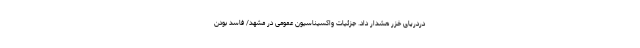
دردریای خزر هشدار داد. جزئیات واکسیناسیون عمومی در مشهد/ فاسد بودن